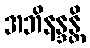
အဘိနန္ဒန္တိ